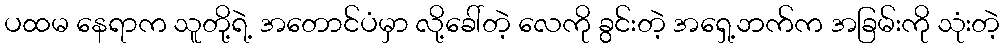
ပထမ နေရာက သူတို့ရဲ့ အတောင်ပံမှာ လို့ခေါ်တဲ့ လေကို ခွင်းတဲ့ အရှေ့ဘက်က အခြမ်းကို သုံးတဲ့